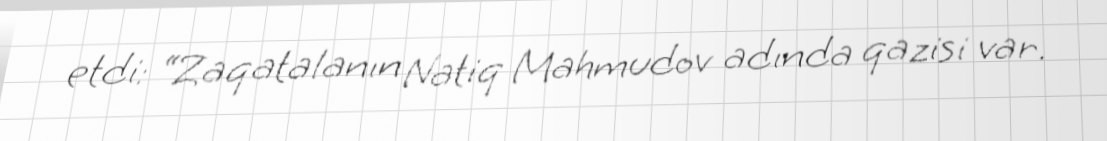
etdi: “Zaqatalanın Natiq Mahmudov adında qazisi var.